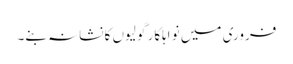
فروری میں نو اہلکار گولیوں کا نشانہ بنے۔